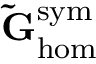
\mathbf { \tilde { G } } _ { \mathrm { h o m } } ^ { \mathrm { s y m } }